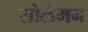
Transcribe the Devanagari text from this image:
सोलेमन